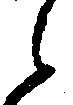
之